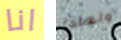
انا ولماذا